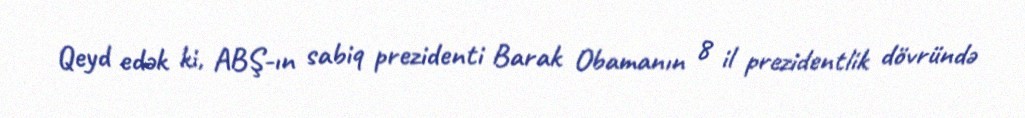
Qeyd edək ki, ABŞ-ın sabiq prezidenti Barak Obamanın 8 il prezidentlik dövründə